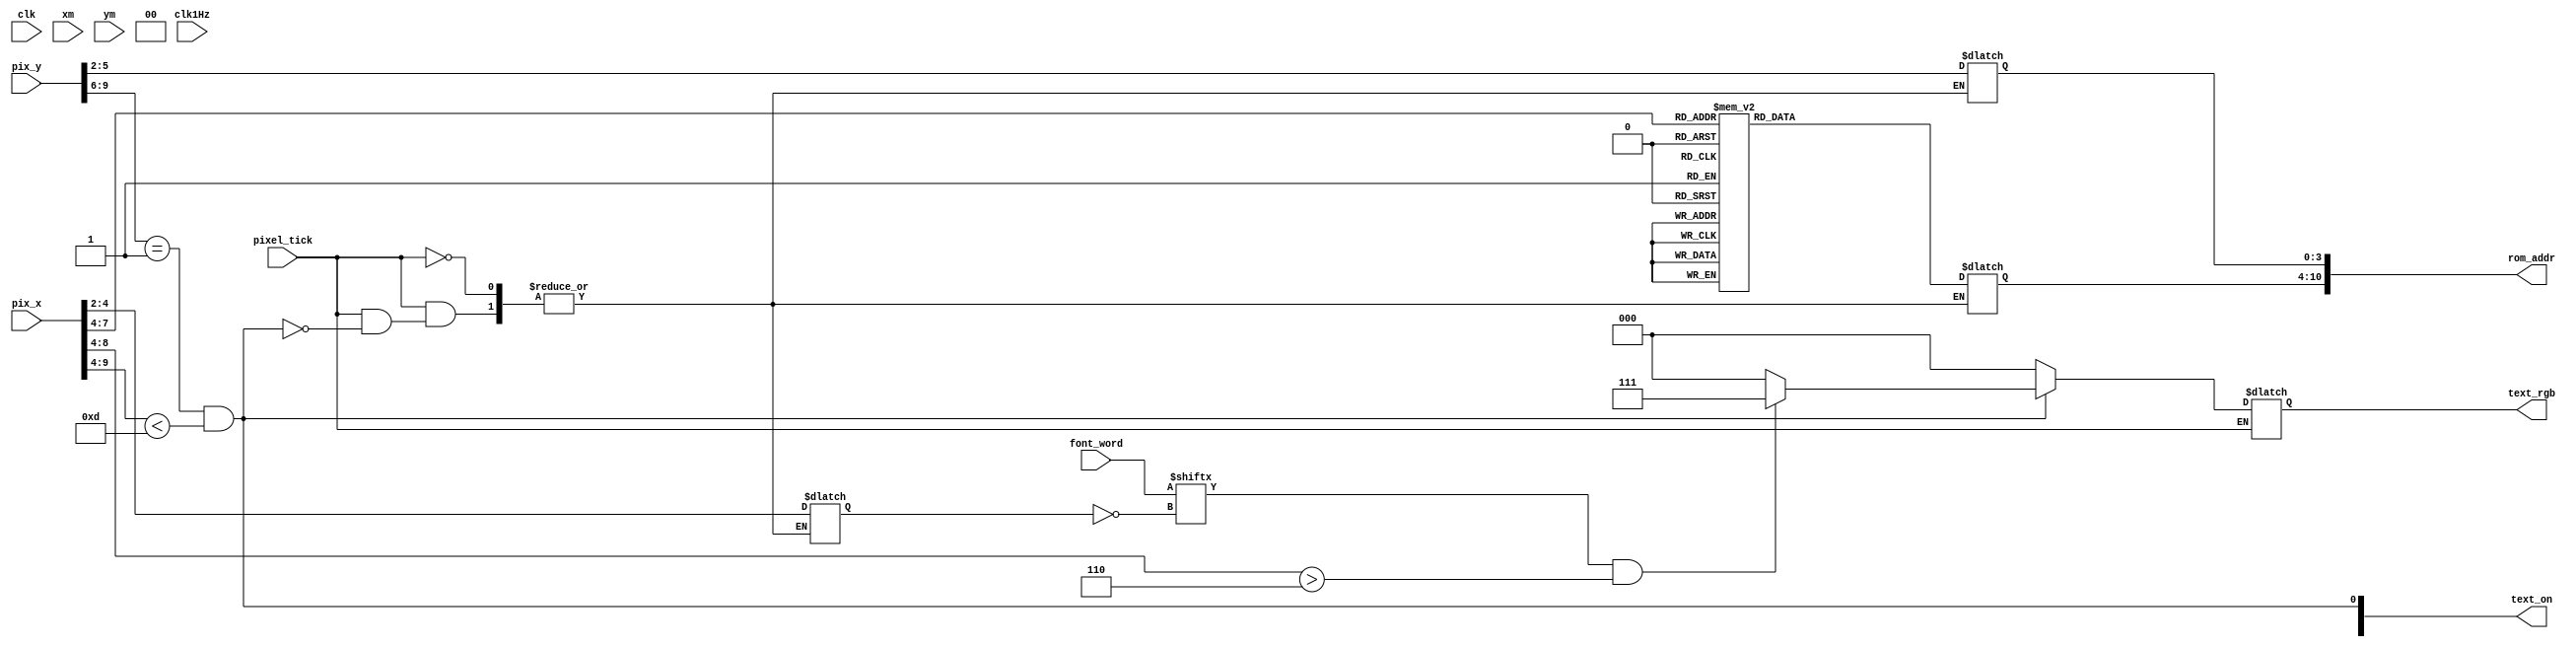
// Listing 14.6
module TicTacToeTextPainter
   (
    input wire  clk, 
	 input wire  clk1Hz, 
    input wire  [9:0] pix_x, pix_y,
	 input wire [7:0] font_word,
	 input wire pixel_tick,	 
	 input wire xm,ym,
    output wire [3:0] text_on,
    output reg  [2:0] text_rgb =0,
	 output wire [10:0] rom_addr
	 
   );

   // signal declaration
   reg  [6:0] char_addr=0;reg  [6:0] char_addr_s = 0;reg  [6:0] char_addr_st = 0;
   reg  [3:0] row_addr=0;
   wire [3:0] row_addr_s;wire [3:0] row_addr_st;
   reg  [2:0] bit_addr=0;
   wire [2:0] bit_addr_s;wire [2:0] bit_addr_st;
   wire font_bit, score_on;
	reg state_on = 0;
	reg [2:0] nextRGB = 3'b000;

   //-------------------------------------------
   // Temporizador
   //  - Seccion donde se despliega el temporizador
   //  - escala  16-32 
   //-------------------------------------------
   /*assign score_on = (pix_y[9:5]==7) && (pix_x[9:4]<32  && pix_x[9:4]>15);
   assign row_addr_s = pix_y[4:1];
   assign bit_addr_s = pix_x[3:1];
   always @*
      case (pix_x[7:4])	
			4'h0: char_addr_s = 7'h00; //		
			4'h1: char_addr_s = 7'h00; //			
         4'h2: char_addr_s = {3'b011,dig0}; //Aqui escojo segun el digito entrante el que coloco en pantalla
         4'h3: char_addr_s = {3'b011,dig1}; //Aqui escojo segun el digito entrante el que coloco en pantalla		
         4'h4: char_addr_s = 7'h3a; // :
         4'h5: char_addr_s = {3'b011,dig2}; //Aqui escojo segun el digito entrante el que coloco en pantalla
         4'h6: char_addr_s = {3'b011,dig3}; //Aqui escojo segun el digito entrante el que coloco en pantalla
			4'h7: char_addr_s = 7'h00; //
			4'h8: char_addr_s = 7'h00; //
			4'h9: char_addr_s = 7'h00; //
			4'ha: char_addr_s = 7'h00; //
			4'hb: char_addr_s = 7'h00; //
			4'hc: char_addr_s = 7'h00; //
			4'hd: char_addr_s = 7'h00; //
			4'he: char_addr_s = 7'h00; //
			4'hf: char_addr_s = 7'h00; //
			default : char_addr_s = 7'h00;			
      endcase*/
		
   //-------------------------------------------
   // Titulo
   //  - Despliega en el titulo "Tic Tac Toe"
   //  - Escala  32-64 
   //-------------------------------------------
   assign row_addr_st = pix_y[5:2];
   assign bit_addr_st = pix_x[4:2];
   always @*
	begin
		state_on = (pix_y[9:6]==1) && (pix_x[9:4]<13);
		char_addr_st = 7'h00;
		begin			
			case (pix_x[7:4])
				4'h0: char_addr_st = 7'h54; // t
				4'h1: char_addr_st = 7'h69; // i
				4'h2: char_addr_st = 7'h63; // c
				4'h3: char_addr_st = 7'h00; // 
				4'h4: char_addr_st = 7'h54; // t
				4'h5: char_addr_st = 7'h61; // a
				4'h6: char_addr_st = 7'h63; // c
				4'h7: char_addr_st = 7'h00; // 
				4'h8: char_addr_st = 7'h54; // t
				4'h9: char_addr_st = 7'h74; // o
				4'ha: char_addr_st = 7'h65; // e
				4'hb: char_addr_st = 7'h00; // 
				4'hc: char_addr_st = 7'h00; // 
				4'hd: char_addr_st = 7'h00; // 
				4'he: char_addr_st = 7'h00; // 
				4'hf: char_addr_st = 7'h00;
				default : char_addr_st = 7'h00;
			endcase			
		end
	end				
   //-------------------------------------------
   // Aqui se escoge cual color enviar a colocar mientras se encuentre cada elemento encima
   //-------------------------------------------
	localparam red = 3'b001;
   always @*
   begin //Para sincronizar con el pixel y evitar indeseados erroes
	if(pixel_tick)
	begin
      text_rgb = 3'b000;  // fonodo negro
		if (state_on) //Si esta el estado encima
         begin
            char_addr = char_addr_st;
            row_addr = row_addr_st;
            bit_addr = bit_addr_st;
            if (font_bit && pix_x[8:4] > 4'h6)
					text_rgb = 3'b111;						
				else
					text_rgb = 3'b000;
         end		

   end
	end
	


   assign text_on = {score_on,state_on};
   //-------------------------------------------
   // Direccion de la rom para escoger el numero deseado
   //-------------------------------------------
   assign rom_addr = {char_addr, row_addr};
   assign font_bit = font_word[~bit_addr];

endmodule